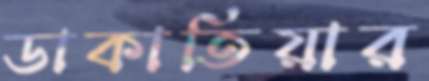
ডাকাতিয়ার